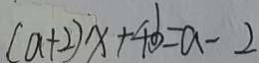
( a + 2 ) x + 4 b = a - 2